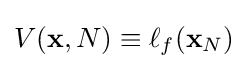
V(\mathbf {x} ,N)\equiv \ell _{f}(\mathbf {x} _{N})